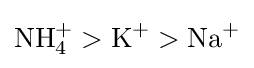
\mathrm {NH_{4}^{+}>K^{+}>Na^{+}}